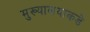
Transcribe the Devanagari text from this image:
मुख्यालयाकडे